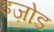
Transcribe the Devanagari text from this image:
इज़ोड